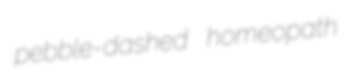
pebble-dashed homeopath